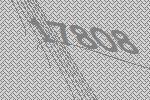
17808